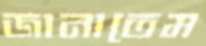
জানাতেম